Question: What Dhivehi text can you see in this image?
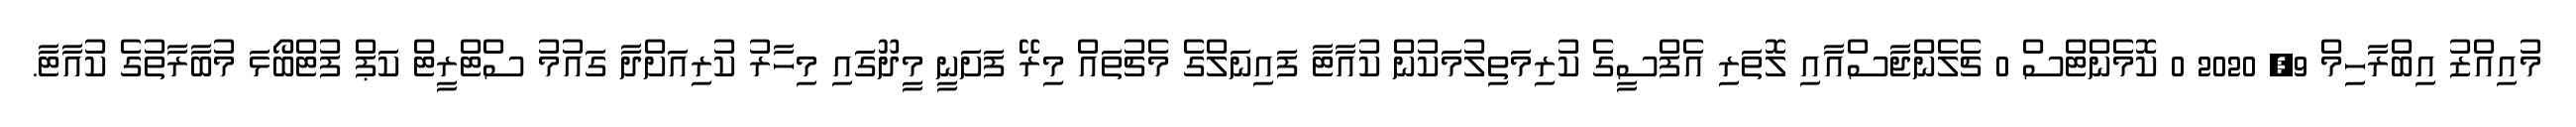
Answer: މުއިއްޒު އިބްރާހިމް 9, 2020 0 ކޮމެންޓްސް 0 ޗެލެންޖާސްއާއި ލޮތަރި އެފްސީގެ ކުރިމަތިލުމަކުން ކުއާޓާ ފައިނަލްގެ މެޗުތައް މިރޭ ފަށަނީ މީދޫގައި މިހާރު ކުރިއަށްދާ ގައުމު ސްޓްރީޓް ކަޕް ފުޓްބޯޅަ މުބާރާތުގެ ކުއާޓާ.